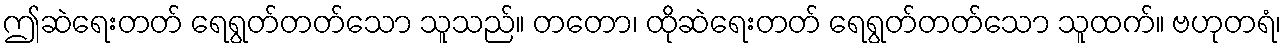
ဤဆဲရေးတတ် ရေရွတ်တတ်သော သူသည်။ တတော၊ ထိုဆဲရေးတတ် ရေရွတ်တတ်သော သူထက်။ ဗဟုတရံ၊